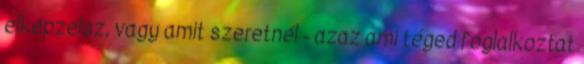
elképzelsz, vagy amit szeretnél - azaz ami téged foglalkoztat